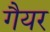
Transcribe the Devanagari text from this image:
गैयर